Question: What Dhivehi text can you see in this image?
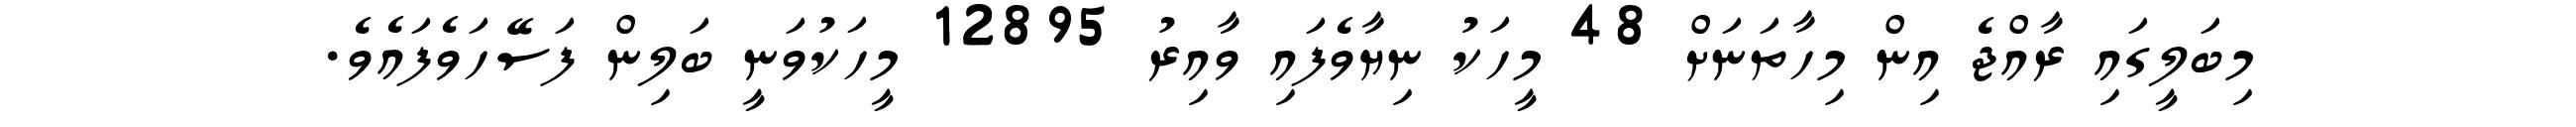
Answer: މިބަލީގައި ރާއްޖެ އިން މިހާތަނަށް 48 މީހަކު ނިޔާވެފައި ވާއިރު 12895 މީހަކުވަނީ ބަލިން ފަސޭހަވެފައެވެ.